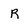
Character: R